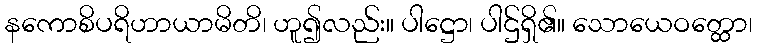
နကောစိပရိဟာယာမိတိ၊ ဟူ၍လည်း။ ပါဋ္ဌော၊ ပါဌ်ရှိ၏။ သောယေဝတ္ထော၊